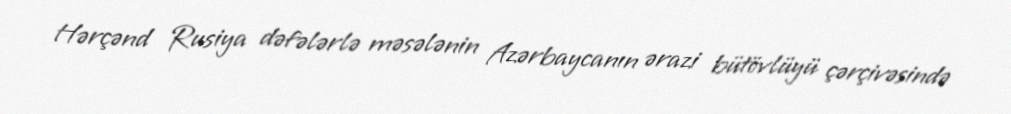
Hərçənd Rusiya dəfələrlə məsələnin Azərbaycanın ərazi bütövlüyü çərçivəsində